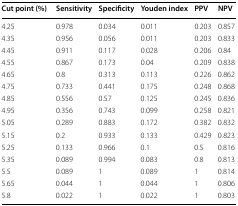
| Cut point (%) | Sensitivity | Specificity | Youden index | PPV | NPV |
 | --- | --- | --- | --- | --- | --- |
 | 4.25 | 0.978 | 0.034 | 0.011 | 0.203 | 0.857 |
 | 4.35 | 0.956 | 0.056 | 0.011 | 0.203 | 0.833 |
 | 4.45 | 0.911 | 0.117 | 0.028 | 0.206 | 0.84 |
 | 4.55 | 0.867 | 0.173 | 0.04 | 0.209 | 0.838 |
 | 4.65 | 0.8 | 0.313 | 0.113 | 0.226 | 0.862 |
 | 4.75 | 0.733 | 0.441 | 0.175 | 0.248 | 0.868 |
 | 4.85 | 0.556 | 0.57 | 0.125 | 0.245 | 0.836 |
 | 4.95 | 0.356 | 0.743 | 0.099 | 0.258 | 0.821 |
 | 5.05 | 0.289 | 0.883 | 0.172 | 0.382 | 0.832 |
 | 5.15 | 0.2 | 0.933 | 0.133 | 0.429 | 0.823 |
 | 5.25 | 0.133 | 0.966 | 0.1 | 0.5 | 0.816 |
 | 5.35 | 0.089 | 0.994 | 0.083 | 0.8 | 0.813 |
 | 5.5 | 0.089 | 1 | 0.089 | 1 | 0.814 |
 | 5.65 | 0.044 | 1 | 0.044 | 1 | 0.806 |
 | 5.8 | 0.022 | 1 | 0.022 | 1 | 0.803 |